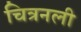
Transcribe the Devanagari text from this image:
चित्रनली